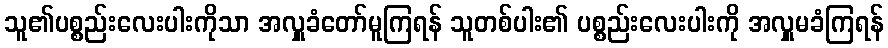
သူ၏ပစ္စည်းလေးပါးကိုသာ အလှူခံတော်မူကြရန် သူတစ်ပါး၏ ပစ္စည်းလေးပါးကို အလှူမခံကြရန်